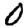
Digit: 0